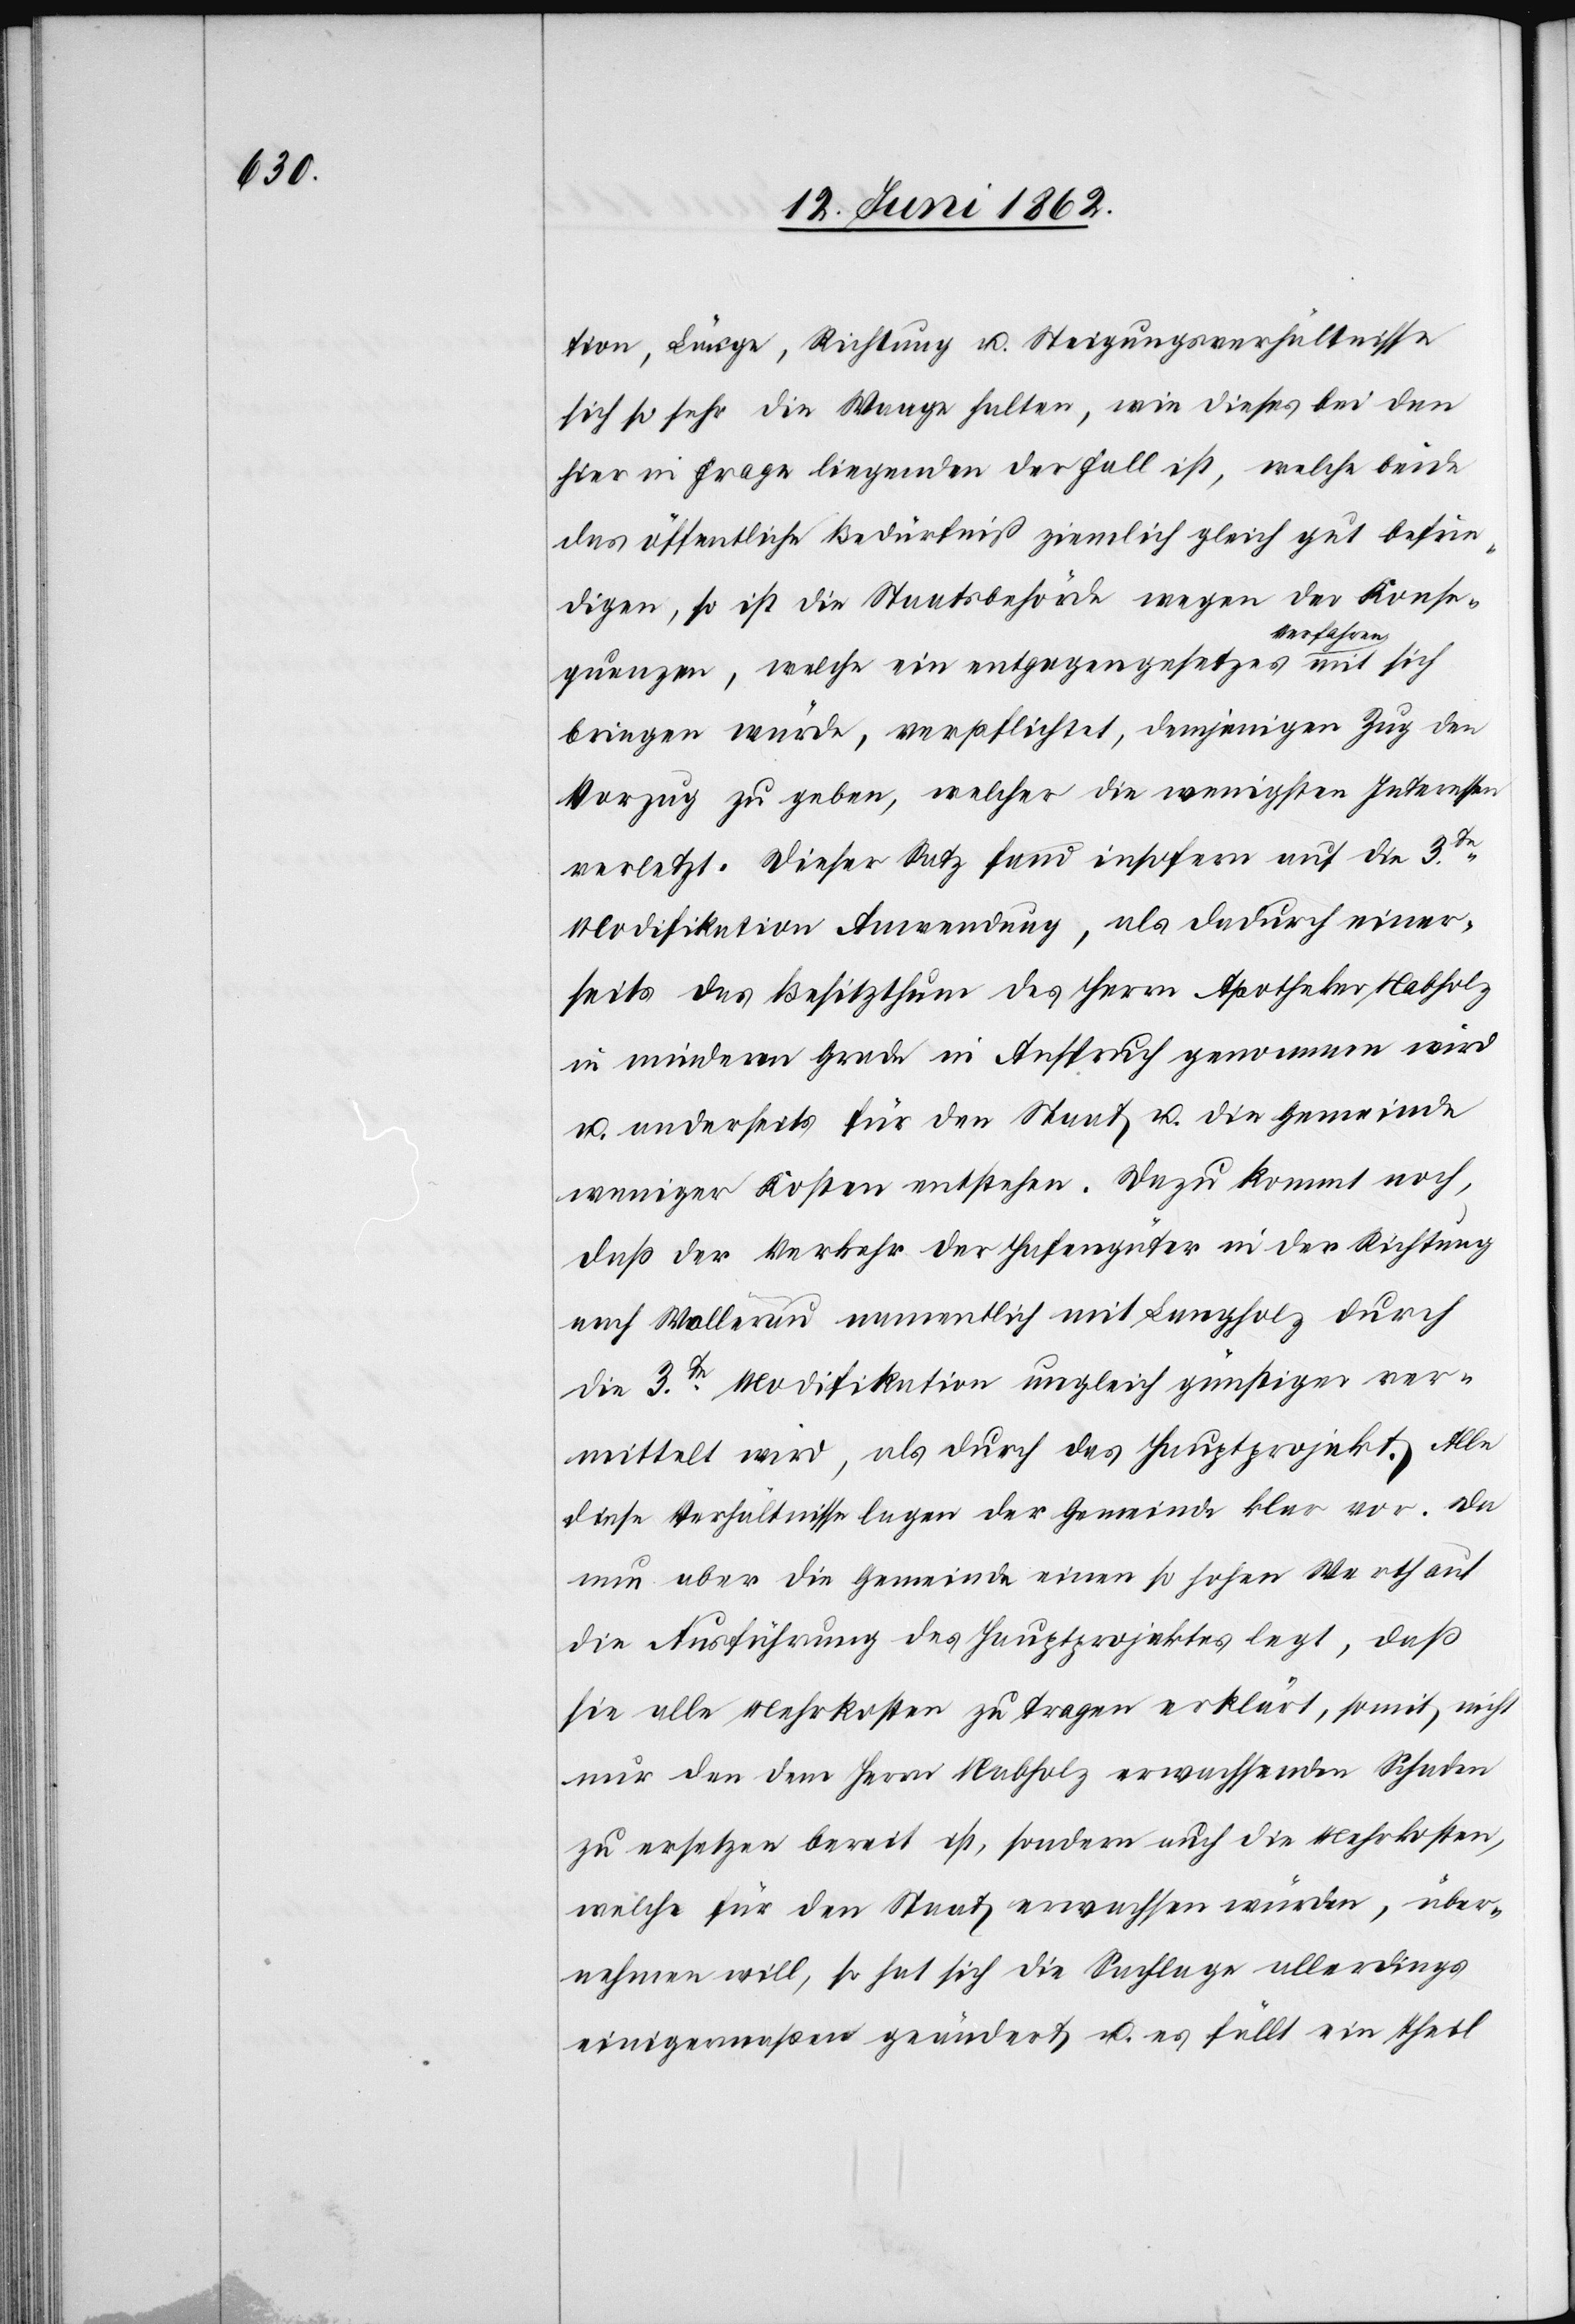
tion, Länge, Richtung u. Steigungsverhältnisse
sich so sehr die Waage halten, wie dieses bei den
hier in Frage liegenden der Fall ist, welche beide
das öffentliche Bedürfniß ziemlich gleich gut befrie¬
digen, so ist die Staatsbehörde wegen der Konse¬
quenzen, welche ein entgegengesetztes Verfahren mit sich
bringen würde, verpflichtet, demjenigen Zug den
Vorzug zu geben, welcher die wenigsten Interessen
verletzt. Dieser Satz fand insofern auf die 3te
Modifikation Anwendung, als dadurch einer¬
seits das Besitzthum des Herrn Apotheker Nabholz
in minderen Grade in Anspruch genommen wird
u. anderseits für den Staat u. die Gemeinde
weniger Kosten entstehen. Dazu kommt noch,
daß der Verkehr der Hafengüter in der Richtung
nach Wollerau namentlich mit Langholz durch
die 3te Modifikation ungleich günstiger ver¬
mittelt wird, als durch das Hauptprojekt. Alle
diese Verhältnisse lagen der Gemeinde klar vor. Da
nun aber die Gemeinde einen so hohen Werth auf
die Ausführung des Hauptprojektes legt, daß
sie alle Mehrkosten zu tragen erklärt, somit, nicht
nur den dem Herrn Nabholz erwachsenden Schaden
zu ersetzen bereit ist, sondern auch die Mehrkosten,
welche für den Staat erwachsen würden, über¬
nehmen will, so hat sich die Sachlage allerdings
einigermaßen geändert u. es fällt ein Theil